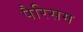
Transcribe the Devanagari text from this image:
पैरिसम